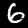
Digit: 6